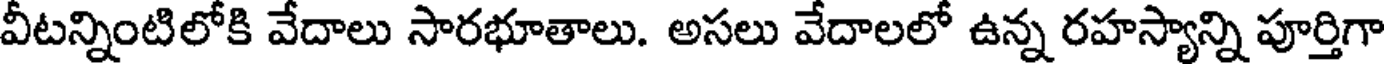
వీటన్నింటిలోకి వేదాలు సారభూతాలు. అసలు వేదాలలో ఉన్న రహస్యాన్ని పూర్తిగా